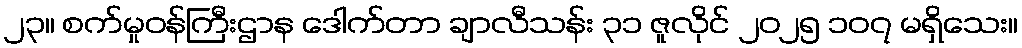
၂၃။ စက်မှုဝန်ကြီးဌာန ဒေါက်တာ ချာလီသန်း ၃၁ ဇူလိုင် ၂၀၂၅ ၁၀၇ မရှိသေး။